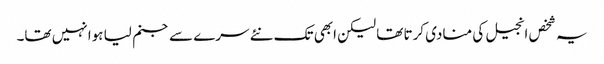
یہ شخص انجیل کی منادی کرتا تھا لیکن ابھی تک نئے سرے سے جنم لیا ہوا نہیں تھا۔